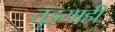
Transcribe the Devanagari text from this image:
तुझ्याही